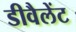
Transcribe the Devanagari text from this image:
डीवैलेंट